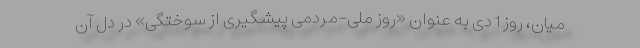
میان، روز 1 دی به عنوان «روز ملی-مردمی پیشگیری از سوختگی» در دل آن